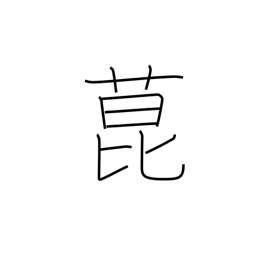
Meaning: a kind of fragrant herb